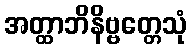
အတ္ထာဘိနိဗ္ဗတ္တေသုံ